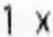
1 X